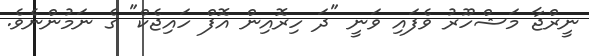
ނީރްޖާ މަޝްހޫރު ވެފައި ވަނީ "ދަ ހިރޮއިން އޮފް ހައިޖެކް" ގެ ނަމުންނެވެ.